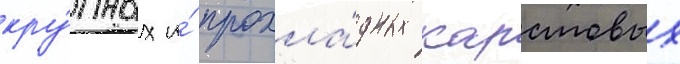
кру́пных и́ прохла́дных карстовых